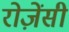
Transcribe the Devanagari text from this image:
रोज़ेंसी